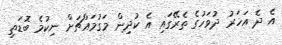
އެ ދެ އަހަރު ދުވަހުގެ ތެރޭގައި އެ ކުދިން މަގުމައްޗަށް ނިކުމެ ބޮޑަތި